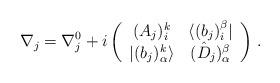
LaTeX: \begin{align*}\nabla_{j} = \nabla^{0}_{j} + i \left( \begin{array}{cc}(A_{j})^{k}_{i} & \langle (b_{j})_{i}^{\beta} | \\ | (b_{j})^{k}_{\alpha}\rangle & (\hat D_{j})_{\alpha}^{ \beta}\end{array} \right) \, .\end{align*}